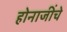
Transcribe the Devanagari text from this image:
होनाजींचे